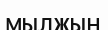
мылжың